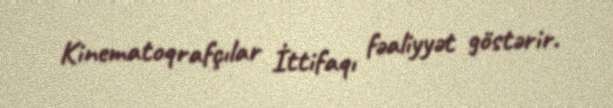
Kinematoqrafçılar İttifaqı fəaliyyət göstərir.